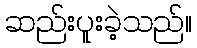
ဆည်းပူးခဲ့သည်။